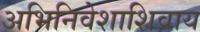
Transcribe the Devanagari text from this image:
अभिनिवेशाशिवाय